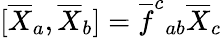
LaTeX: [\overline{{{X}}}_{a},\overline{{{X}}}_{b}]=\overline{{{f}}}^{c}{}_{ab}\overline{{{X}}}_{c}